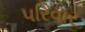
૫રિવાર